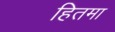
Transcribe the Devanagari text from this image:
हितमा